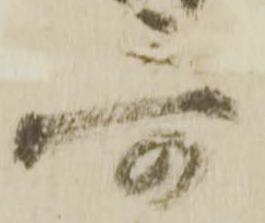
哥